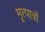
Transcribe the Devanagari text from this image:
मृत्पात्रों